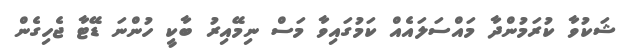
ޝަކުވާ ކުރަމުންދާ މައްސަލައެއް ކަމުގައިވާ މަސް ނިމޭއިރު ބާކީ ހުންނަ ޑޭޓާ ޖެހިގެން